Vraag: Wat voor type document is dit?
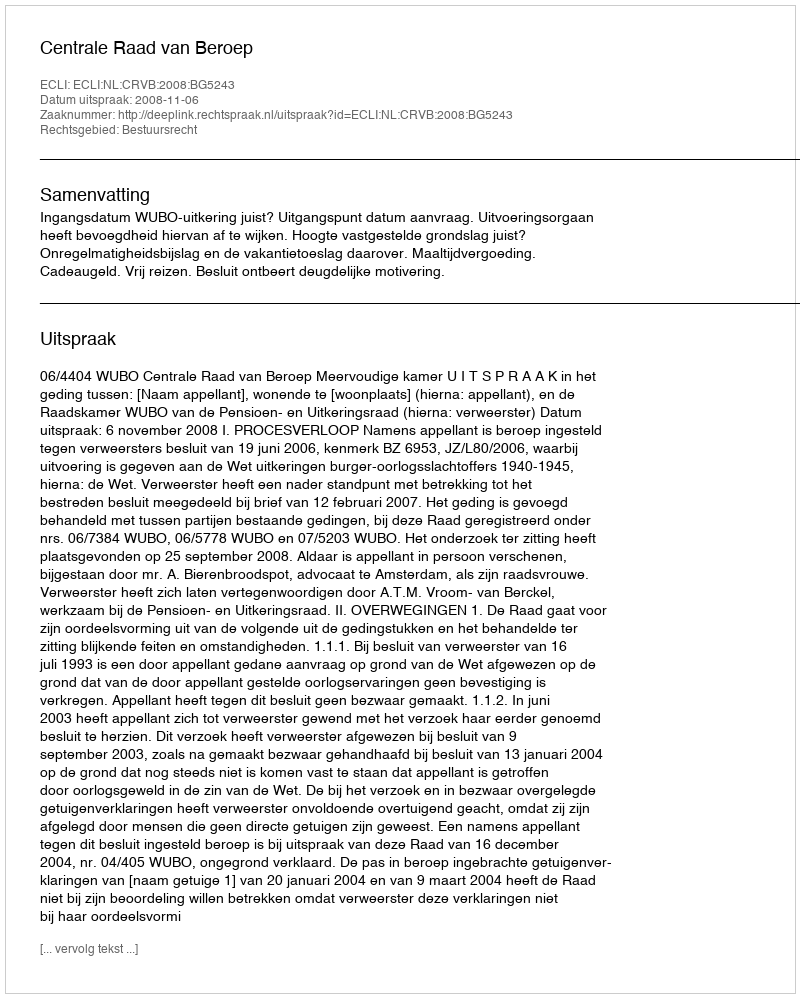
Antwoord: Uitspraak